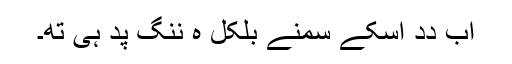
اَب دِدِ اُسکے سمنے بِلکُل ہِ ننگِ پدِ ہُیِ تھِ۔